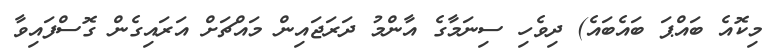
މިކޮއެ ބައްޕަ ބައެބައެ) ދިވެހި ސިނަމާގެ އާންމު ދަރަޖައިން މައްޗަށް އަރައިގެން ގޮސްފައިވާ